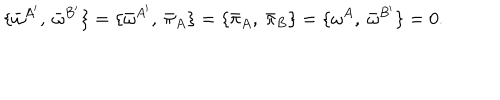
\{ { \bar { \omega } } ^ { A ^ { \prime } } , \ { \bar { \omega } } ^ { B ^ { \prime } } \} = \{ { \bar { \omega } } ^ { A ^ { \prime } } , \ { \bar { \pi } _ { A } } \} = \{ { \bar { \pi } _ { A } } , \ { \bar { \pi } _ { B } } \} = \{ { \omega } ^ { A } , \ { \bar { \omega } } ^ { B ^ { \prime } } \} = 0 .